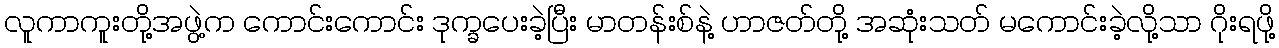
လူကာကူးတို့အဖွဲ့က ကောင်းကောင်း ဒုက္ခပေးခဲ့ပြီး မာတန်းစ်နဲ့ ဟာဇတ်တို့ အဆုံးသတ် မကောင်းခဲ့လို့သာ ဂိုးရဖို့